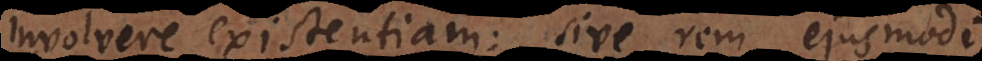
involvere existentiam: sive rem ejusmodi